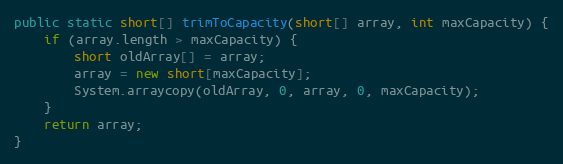
Language: Java
public static short[] trimToCapacity(short[] array, int maxCapacity) {
	if (array.length > maxCapacity) {
	    short oldArray[] = array;
	    array = new short[maxCapacity];
	    System.arraycopy(oldArray, 0, array, 0, maxCapacity);
	}
	return array;
}